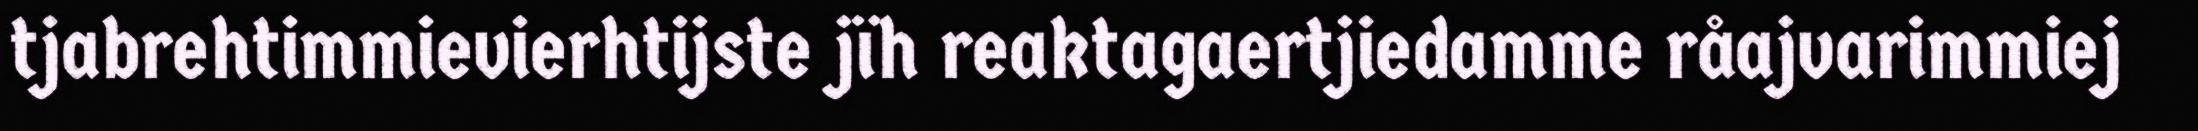
tjabrehtimmievierhtijste jïh reaktagaertjiedamme råajvarimmiej